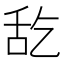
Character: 𮍵